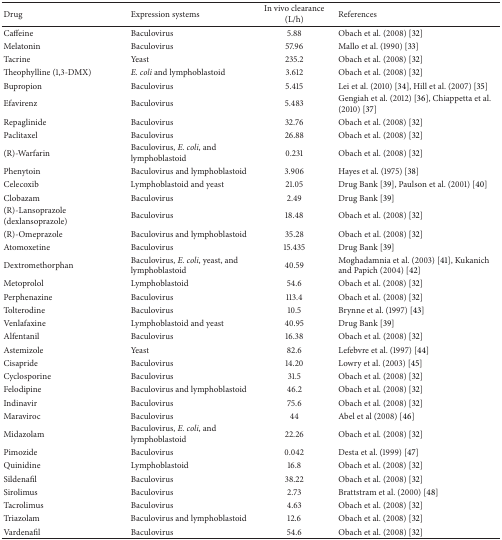
<table><thead><tr><td><b>Drug</b></td><td><b>Expression systems</b></td><td><b>In vivo clearance (L/h)</b></td><td><b>References</b></td></tr></thead><tbody><tr><td>Caffeine</td><td>Baculovirus</td><td>5.88</td><td>Obach et al. (2008) [32]</td></tr><tr><td>Melatonin</td><td>Baculovirus</td><td>57.96</td><td>Mallo et al. (1990) [33]</td></tr><tr><td>Tacrine</td><td>Yeast</td><td>235.2</td><td>Obach et al. (2008) [32]</td></tr><tr><td>Theophylline (1,3-DMX)</td><td><i>E. coli</i> and lymphoblastoid</td><td>3.612</td><td>Obach et al. (2008) [32]</td></tr><tr><td>Bupropion</td><td>Baculovirus</td><td>5.415</td><td>Lei et al. (2010) [34], Hill et al. (2007) [35]</td></tr><tr><td>Efavirenz</td><td>Baculovirus</td><td>5.483</td><td>Gengiah et al. (2012) [36], Chiappetta et al. (2010) [37]</td></tr><tr><td>Repaglinide</td><td>Baculovirus</td><td>32.76</td><td>Obach et al. (2008) [32]</td></tr><tr><td>Paclitaxel</td><td>Baculovirus</td><td>26.88</td><td>Obach et al. (2008) [32]</td></tr><tr><td>(R)-Warfarin</td><td>Baculovirus, <i>E. coli</i>, and lymphoblastoid</td><td>0.231</td><td>Obach et al. (2008) [32]</td></tr><tr><td>Phenytoin</td><td>Baculovirus and lymphoblastoid</td><td>3.906</td><td>Hayes et al. (1975) [38]</td></tr><tr><td>Celecoxib</td><td>Lymphoblastoid and yeast</td><td>21.05</td><td>Drug Bank [39], Paulson et al. (2001) [40]</td></tr><tr><td>Clobazam</td><td>Baculovirus</td><td>2.49</td><td>Drug Bank [39]</td></tr><tr><td>(R)-Lansoprazole (dexlansoprazole)</td><td>Baculovirus</td><td>18.48</td><td>Obach et al. (2008) [32]</td></tr><tr><td>(R)-Omeprazole</td><td>Baculovirus and lymphoblastoid</td><td>35.28</td><td>Obach et al. (2008) [32]</td></tr><tr><td>Atomoxetine</td><td>Baculovirus</td><td>15.435</td><td>Drug Bank [39]</td></tr><tr><td>Dextromethorphan</td><td>Baculovirus, <i>E. coli</i>, yeast, and lymphoblastoid</td><td>40.59</td><td>Moghadamnia et al. (2003) [41], Kukanich and Papich (2004) [42]</td></tr><tr><td>Metoprolol</td><td>Lymphoblastoid</td><td>54.6</td><td>Obach et al. (2008) [32]</td></tr><tr><td>Perphenazine</td><td>Baculovirus</td><td>113.4</td><td>Obach et al. (2008) [32]</td></tr><tr><td>Tolterodine</td><td>Baculovirus</td><td>10.5</td><td>Brynne et al. (1997) [43]</td></tr><tr><td>Venlafaxine</td><td>Lymphoblastoid and yeast</td><td>40.95</td><td>Drug Bank [39]</td></tr><tr><td>Alfentanil</td><td>Baculovirus</td><td>16.38</td><td>Obach et al. (2008) [32]</td></tr><tr><td>Astemizole</td><td>Yeast</td><td>82.6</td><td>Lefebvre et al. (1997) [44]</td></tr><tr><td>Cisapride</td><td>Baculovirus</td><td>14.20</td><td>Lowry et al. (2003) [45]</td></tr><tr><td>Cyclosporine</td><td>Baculovirus</td><td>31.5</td><td>Obach et al. (2008) [32]</td></tr><tr><td>Felodipine</td><td>Baculovirus and lymphoblastoid</td><td>46.2</td><td>Obach et al. (2008) [32]</td></tr><tr><td>Indinavir</td><td>Baculovirus</td><td>75.6</td><td>Obach et al. (2008) [32]</td></tr><tr><td>Maraviroc</td><td>Baculovirus</td><td>44</td><td>Abel et al (2008) [46]</td></tr><tr><td>Midazolam</td><td>Baculovirus, <i>E. coli</i>, and lymphoblastoid</td><td>22.26</td><td>Obach et al. (2008) [32]</td></tr><tr><td>Pimozide</td><td>Baculovirus</td><td>0.042</td><td>Desta et al. (1999) [47]</td></tr><tr><td>Quinidine</td><td>Lymphoblastoid</td><td>16.8</td><td>Obach et al. (2008) [32]</td></tr><tr><td>Sildenafil</td><td>Baculovirus</td><td>38.22</td><td>Obach et al. (2008) [32]</td></tr><tr><td>Sirolimus</td><td>Baculovirus</td><td>2.73</td><td>Brattstram et al. (2000) [48]</td></tr><tr><td>Tacrolimus</td><td>Baculovirus</td><td>4.63</td><td>Obach et al. (2008) [32]</td></tr><tr><td>Triazolam</td><td>Baculovirus and lymphoblastoid</td><td>12.6</td><td>Obach et al. (2008) [32]</td></tr><tr><td>Vardenafil</td><td>Baculovirus</td><td>54.6</td><td>Obach et al. (2008) [32]</td></tr></tbody></table>